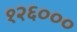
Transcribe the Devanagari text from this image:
१२६०००